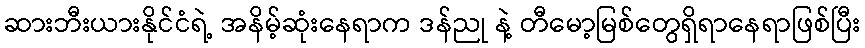
ဆားဘီးယားနိုင်ငံရဲ့ အနိမ့်ဆုံးနေရာက ဒန်ညု နဲ့ တီမော့မြစ်တွေရှိရာနေရာဖြစ်ပြီး